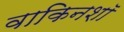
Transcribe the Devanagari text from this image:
वाकिनशॉ